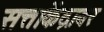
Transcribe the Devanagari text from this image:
सत्ताकेंद्रावर